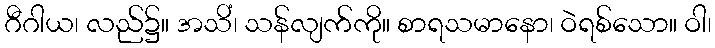
ဂီဂါယ၊ လည်၌။ အသိံ၊ သန်လျက်ကို။ စာရသမာနော၊ ဝဲရစ်သော။ ဝါ၊